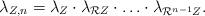
LaTeX: \begin{align*} \lambda_{Z,n} = \lambda_{Z} \cdot \lambda_{\mathcal{R} Z}\cdot\ldots\cdot\lambda_{\mathcal{R}^{n-1}Z}.\end{align*}